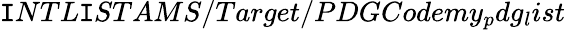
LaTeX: \mathtt{I}NTL\mathtt{I}STAMS/Target/PDGCodemy_{p}dg_{l}ist